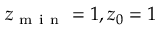
z _ { \mathrm { ~ m ~ i ~ n ~ } } = 1 , z _ { 0 } = 1